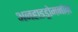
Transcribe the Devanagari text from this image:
अनहाइड्रोमनोज़